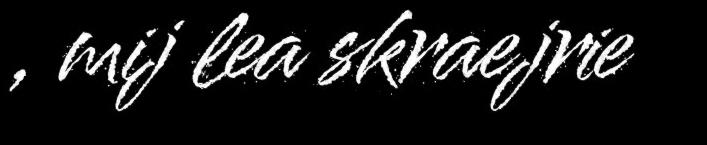
, mij lea skraejrie